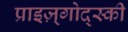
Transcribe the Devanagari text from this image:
प्राइज़्गोद्स्की